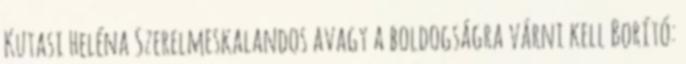
Kutasi Heléna Szerelmeskalandos avagy a boldogságra várni kell Borító: